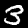
Digit: 3